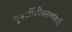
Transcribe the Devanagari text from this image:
पुनर्जीवीकरणासाठी